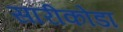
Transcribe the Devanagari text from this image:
सारीकोडा